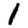
Digit: 1